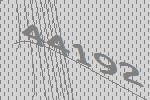
44192